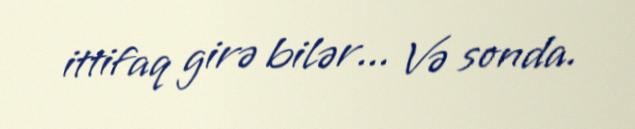
ittifaq girə bilər... Və sonda.